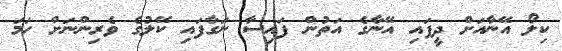
ކިލޯ އޭނާއަށް ދީފައި އޭނާގެ އަތުން ފައިސާ ނަގާފައި ކޭލުގެ ވެރިންނަށް ހަމަ